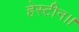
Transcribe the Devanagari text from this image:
हेस्टीन।।